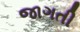
જાગતી